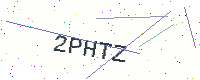
Text: 2PHTZ